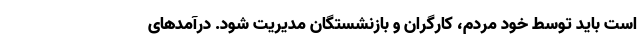
است باید توسط خود مردم، کارگران و بازنشستگان مدیریت شود. درآمدهای